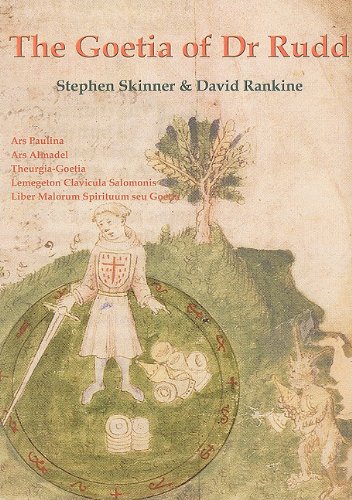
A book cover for The Goetia of Dr. Rudd (Sourceworks of Ceremonial Magic); Dr Stephen Skinner; Religion & Spirituality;